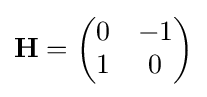
\mathbf {H} ={\begin{pmatrix}0&-1\\1&0\end{pmatrix}}